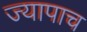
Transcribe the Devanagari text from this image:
ज्यापाच